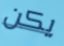
يكن